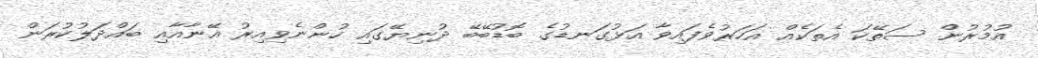
އުމުރުން ސަތޭކަ އެތަކެއް އަހަރުވެފައިވާ އަޅުގަނޑުގެ ބޮޑުބޭބޭ ދުނިޔޭގައި ހުންނެވިއިރު އޭނާއާއި ބައްދަލުކުރަން